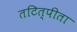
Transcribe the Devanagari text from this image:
तटित्पीता